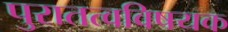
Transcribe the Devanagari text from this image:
पुरातत्वविषयक